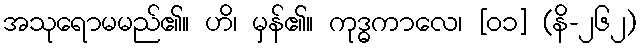
အသုရောမမည်၏။ ဟိ၊ မှန်၏။ ကုဒ္ဓကာလေ၊ [၀၁] (နိ-၂၆၂)